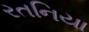
રતનિયા